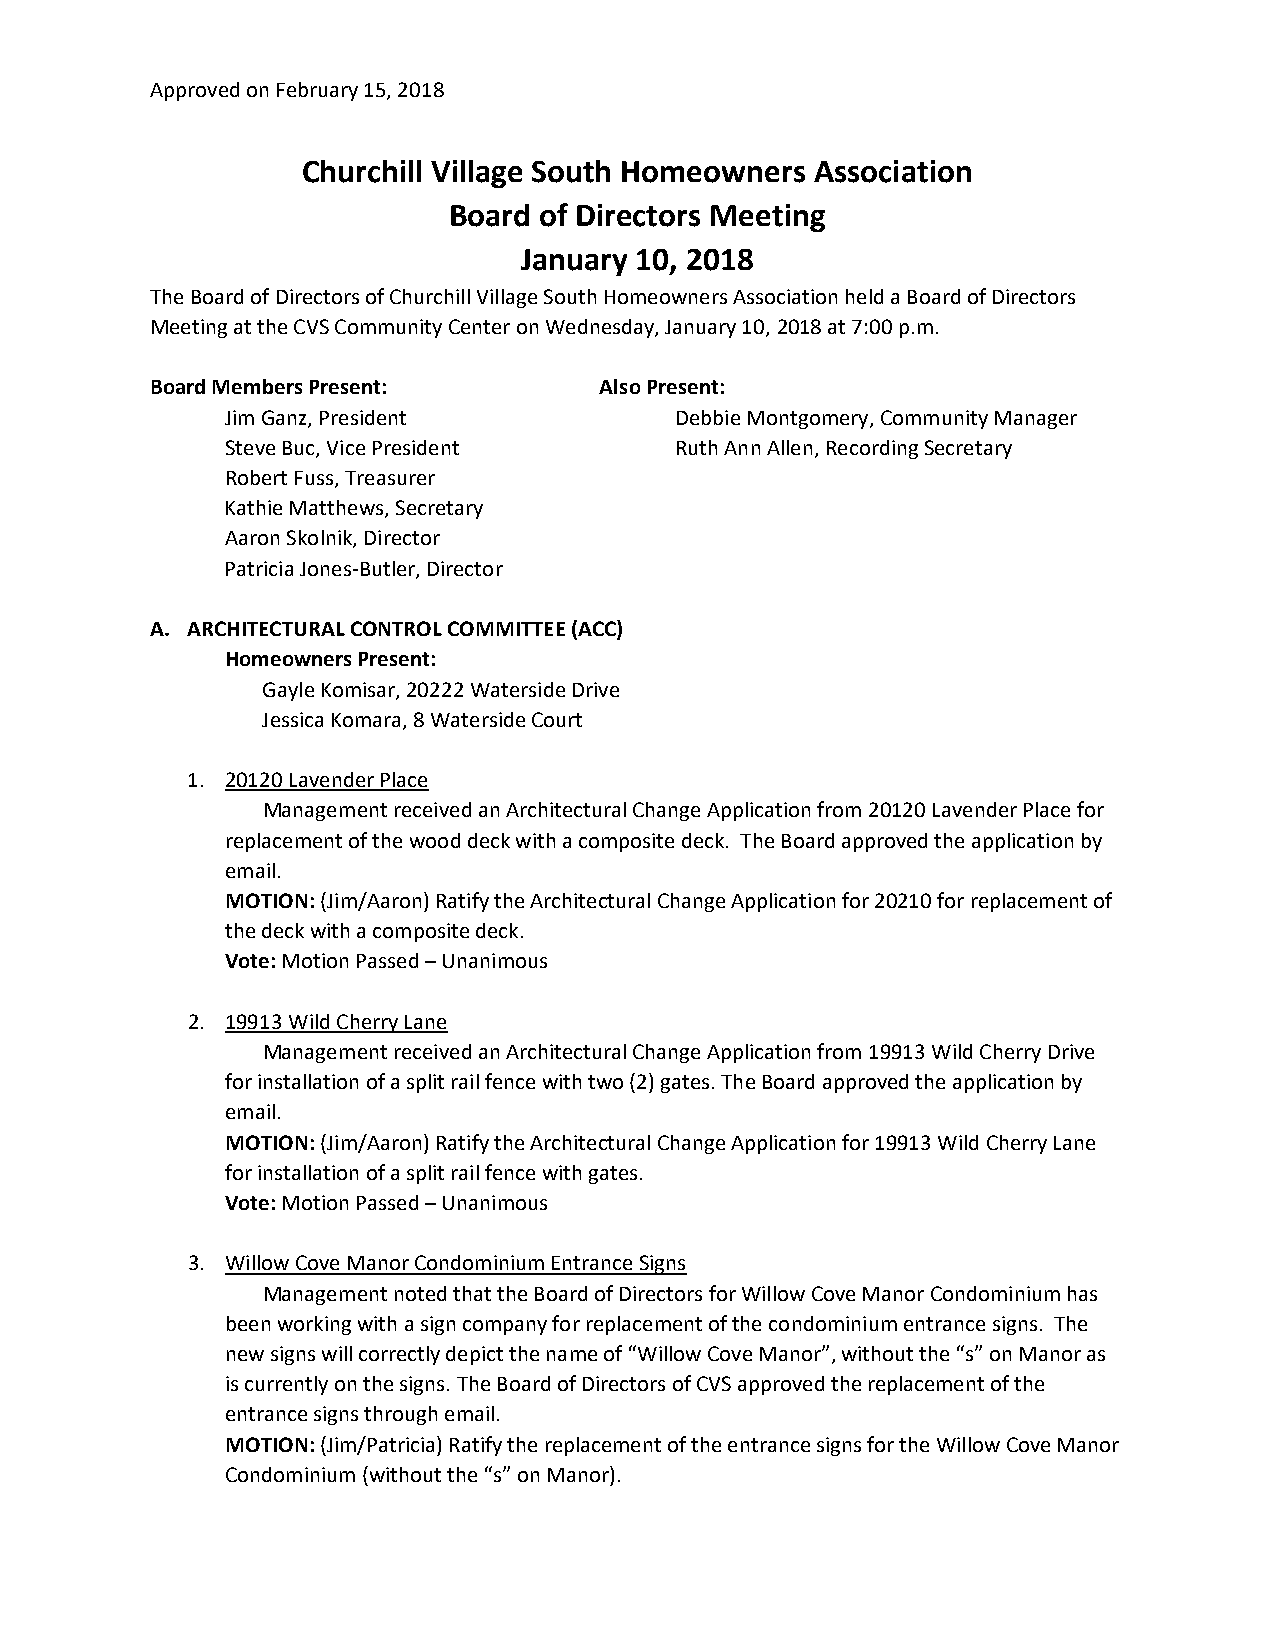
Approved on February 15, 2018
 Churchill Village South Homeowners Association
 Board of Directors Meeting
 January 10, 2018
 The Board of Directors of Churchill Village South Homeowners Association held a Board of Directors
 Meeting at the CVS Community Center on Wednesday, January 10, 2018 at 7:00 p.m.
 Board Members Present:        Also Present:
 Jim Ganz, President           Debbie Montgomery, Community Manager
 Steve Buc, Vice President     Ruth Ann Allen, Recording Secretary
 Robert Fuss, Treasurer
 Kathie Matthews, Secretary
 Aaron Skolnik, Director
 Patricia Jones‐Butler, Director
 A. ARCHITECTURAL CONTROL COMMITTEE (ACC)
 Homeowners Present:
 Gayle Komisar, 20222 Waterside Drive
 Jessica Komara, 8 Waterside Court
 1. 20120 Lavender Place
 Management received an Architectural Change Application from 20120 Lavender Place for
 replacement of the wood deck with a composite deck. The Board approved the application by
 email.
 MOTION: (Jim/Aaron) Ratify the Architectural Change Application for 20210 for replacement of
 the deck with a composite deck.
 Vote: Motion Passed – Unanimous
 2. 19913 Wild Cherry Lane
 Management received an Architectural Change Application from 19913 Wild Cherry Drive
 for installation of a split rail fence with two (2) gates. The Board approved the application by
 email.
 MOTION: (Jim/Aaron) Ratify the Architectural Change Application for 19913 Wild Cherry Lane
 for installation of a split rail fence with gates.
 Vote: Motion Passed – Unanimous
 3. Willow Cove Manor Condominium Entrance Signs
 Management noted that the Board of Directors for Willow Cove Manor Condominium has
 been working with a sign company for replacement of the condominium entrance signs. The
 new signs will correctly depict the name of “Willow Cove Manor”, without the “s” on Manor as
 is currently on the signs. The Board of Directors of CVS approved the replacement of the
 entrance signs through email.
 MOTION: (Jim/Patricia) Ratify the replacement of the entrance signs for the Willow Cove Manor
 Condominium (without the “s” on Manor).